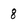
Character: 8